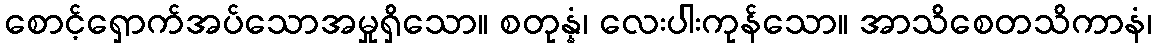
စောင့်ရှောက်အပ်သောအမှုရှိသော။ စတုန္နံ၊ လေးပါးကုန်သော။ အာသိစေတသိကာနံ၊